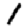
Digit: 1